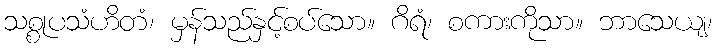
သစ္စုပသံဟိတံ၊ မှန်သည်နှင့်စပ်သော။ ဂိရံ၊ စကားကိုသာ။ ဘာသေယျ၊